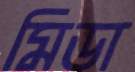
মিডা